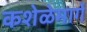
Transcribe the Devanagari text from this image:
कशेळेमार्गे